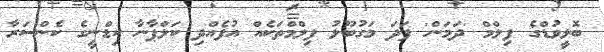
ބޮލީވުޑްގެ ފިލްމް 'ދަމަން' ފަދަ މަގުބޫލު ފިލްމްތަކެއް އުފެއްދި ކަލްޕާނާ ކިޑްނީގެ ކެންސަރާ